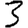
Digit: 3